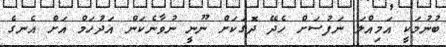
ބުނުމަކީ އަމިއްލަ ނަފުސަށް ހެދޭ ދޮގަކަށް ނޫނީ ނުވާނެކަން އަދުހަމް އަށް އެނގެ